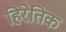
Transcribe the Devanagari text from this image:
हिरेतिक